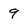
Character: 9